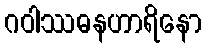
ဂဝါဿဓနဟာရိနော